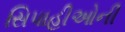
સિપાહીઓની